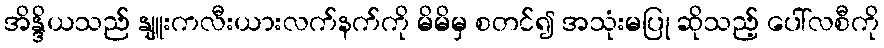
အိန္ဒိယသည် နျူးကလီးယားလက်နက်ကို မိမိမှ စတင်၍ အသုံးမပြု ဆိုသည့် ပေါ်လစီကို